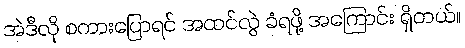
အဲဒီလို စကားပြောရင် အထင်လွဲ ခံရဖို့ အကြောင်း ရှိတယ်။